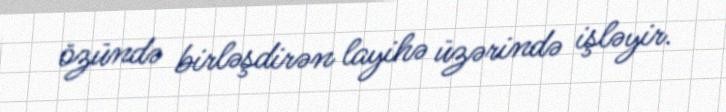
özündə birləşdirən layihə üzərində işləyir.